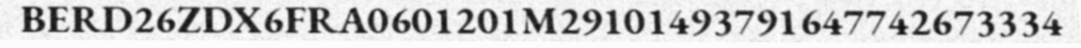
BERD26ZDX6FRA0601201M29101493791647742673334